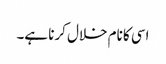
اسی کا نام خلال کرنا ہے۔